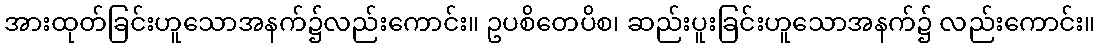
အားထုတ်ခြင်းဟူသောအနက်၌လည်းကောင်း။ ဥပစိတေပိစ၊ ဆည်းပူးခြင်းဟူသောအနက်၌ လည်းကောင်း။